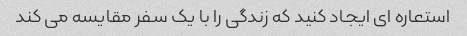
استعاره ای ایجاد کنید که زندگی را با یک سفر مقایسه می کند